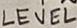
Text: LEVEL